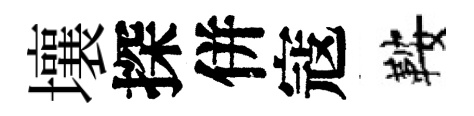
壤探併寇鞍